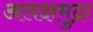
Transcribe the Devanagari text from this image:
अलक्षमुद्रा